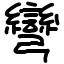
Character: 彎